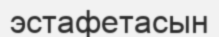
эстафетасын